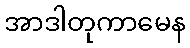
အာဒါတုကာမေန